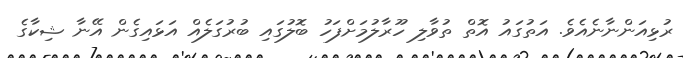
ރުޅިއަންނާނެއެވެ. އަތުގައު އޮތް ތުވާލި ހޫރާލުމަށްފަހު ބޮލުގައި ބުރުގަލެއް އަޅައިގެން އޭނާ ޝިކާގެ